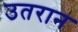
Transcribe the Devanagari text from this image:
उतरान